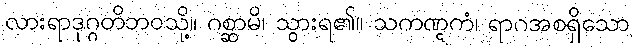
လားရာဒုဂ္ဂတိဘဝသို့။ ဂစ္ဆာမိ၊ သွားရ၏။ သကဏ္ဋကံ၊ ရာဂအစရှိသော